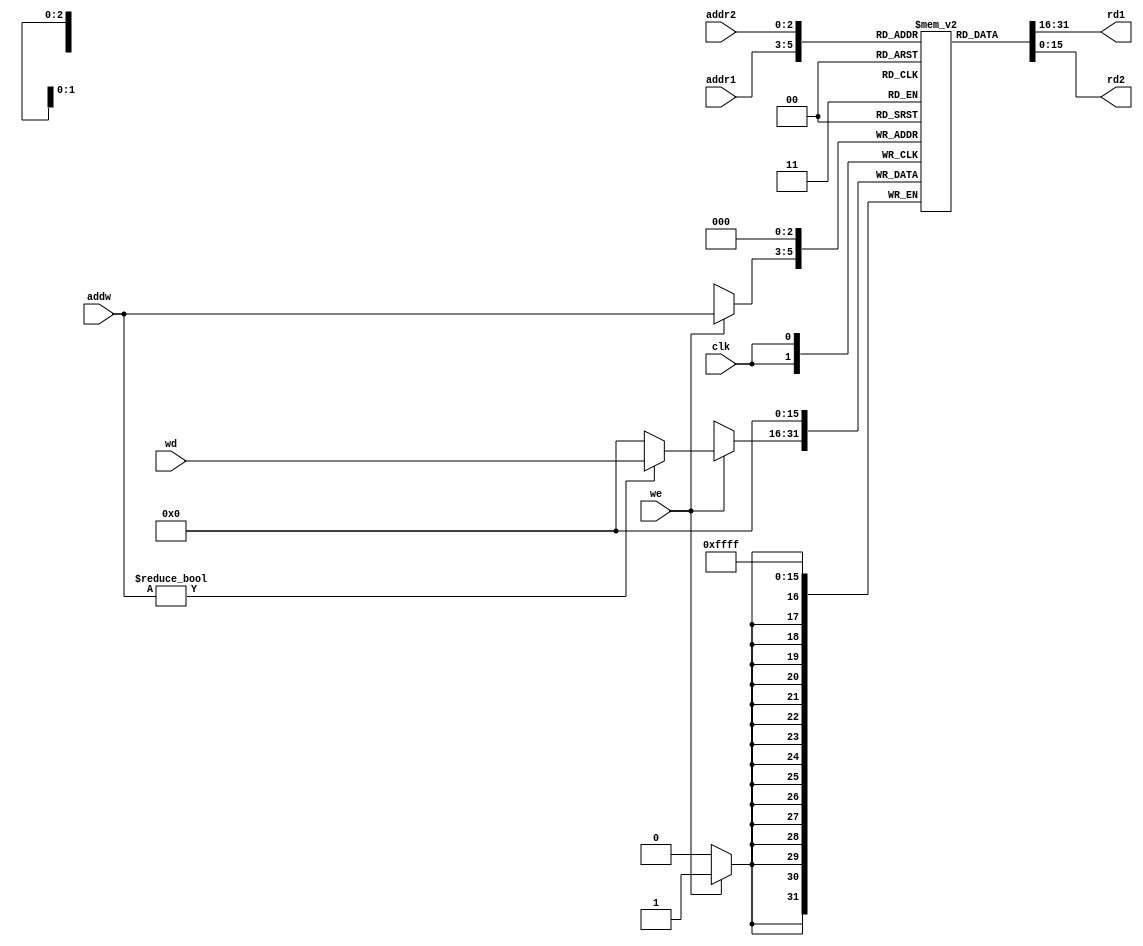
`timescale 1ns / 1ps
//////////////////////////////////////////////////////////////////////////////////
// Company: 
// Engineer: 
// 
// Design Name: 
// Module Name: main
// Project Name: 
// Target Devices: 
// Tool Versions: 
// Description: 
// 
// Dependencies: 
// 
// Revision:
// Revision 0.01 - File Created
// Additional Comments:
// 
//////////////////////////////////////////////////////////////////////////////////


module Register_File(
    input clk,
    input [2:0] addr1,addr2,addw,
    input [15:0] wd,
    input we,
    output [15:0] rd1,rd2
    );
    
   reg [15:0] mem [0:7];
   
   always @(posedge clk)
   begin
        mem[0] <= 16'd0;
    if(we)
        mem[addw] <= addw?wd:16'd0;
  
   end
   
   assign rd1 = mem[addr1];
   assign rd2 = mem[addr2];
   
endmodule